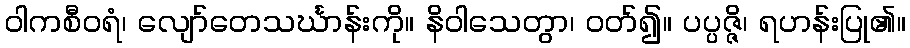
ဝါကစီဝရံ၊ လျော်တေသင်္ဃာန်းကို။ နိဝါသေတွာ၊ ဝတ်၍။ ပပ္ပဇ္ဇိ၊ ရဟန်းပြု၏။